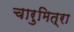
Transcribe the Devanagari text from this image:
चारुमित्रा